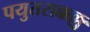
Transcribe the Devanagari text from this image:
पयुतराक्कल्लु